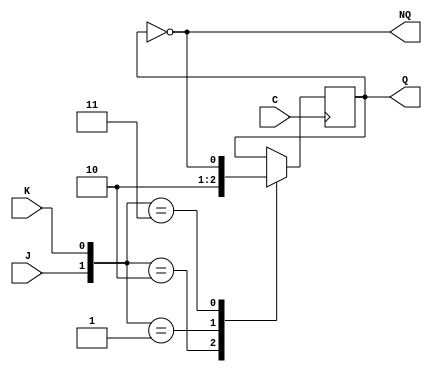
/*
Computadores I - GIV - USAL

TRABAJO COMPUTADORES: SECUENCIA CON NUMEROS REPETIDOS

SECUENCIA ORIGINAL..:

6 - 4 - 2 - 2 - 4 - 14 - 3 - 13 - 0 - 0

SECUENCIA MODIFICADA:

6 - 4 - 2 - 5 - 7 - 14 - 3 - 13 - 0 - 1 

-----------------------------------------------------
En esta solucin se incluyen:
 
14 AND de 2 entradas 
4  OR  de 3 entradas
3  OR  de 2 entradas 
4  biestables JK 
===========
21 PUERTAS

Por:    JAVIER GARCA PECHERO 
		Y
	LVARO GARCA LABRADOR
*/


//Modulo del biestable JK
module JK(output reg Q, output wire NQ, input wire J, input wire K,   input wire C);
  not(NQ,Q);

  initial
  begin
    Q=0;
  end    

  always @(posedge C)
    case ({J,K})
      2'b10: Q=1;
      2'b01: Q=0;
      2'b11: Q=~Q;
    endcase
endmodule

//Mdulo que contiene el contador y la circuitera auxiliar.
module contador (output wire[3:0] Q, input wire C);
  wire [3:0] nQ;

 //Cables de entrada a los biestables.
 wire sJ3,sK3,sJ2,sK2,sJ1,sK1,sJ0,sK0;
 //Cables auxiliares
 wire nq1q2,nq2q0,q1nq0;            //BIESTABLE J3K3
 wire nq0q3,nq1nq0,nq1q3;           //BIESTABLE J2K2
 wire q0nq2,nq3q2,nq0nq3,kq0nq2;    //BIESTABLE J1K1
 wire q1q3,nq1nq2,q1q2;             //BIESTABLE J0K0

  //Puertas correspondientes al contador dividido en biestables
//J3
 and J3 (sJ3, Q[0],Q[1]);
//K3
 and K31(nq1q2,nQ[1],Q[2]);
 and K32(nq2q0,nQ[2],Q[0]);
 and K33(q1nq0,Q[1],nQ[0]);
 or K3O(sK3,nq1q2,nq2q0,q1nq0);
//J2
 or J21(sJ2,Q[0],Q[1],Q[3]);
//K2
 and K21(nq0q3,nQ[0],Q[3]);
 and K22(nq1nq0,nQ[1],nQ[0]);
 and K23(nq1q3,nQ[1],Q[3]);
 or K2o(sK2,nq0q3,nq1nq0,nq1q3);
//J1
 and j11(q0nq2,Q[0],nQ[2]);
 and j12(nq3q2,nQ[3],Q[2]);
 or j1o(sJ1,q0nq2,nq3q2);
//K1
 and k11(nq0nq3,nQ[0],nQ[3]);
 and k12(kq0nq2,Q[0],nQ[2]);
 or k1o(sK1,nq0nq3,kq0nq2);
//J0
 and j01(q1q3,Q[1],Q[3]);
 or j0o(sJ0,q1q3,nQ[2]);
//K0
 and k01(nq1nq2,nQ[1],nQ[2]);
 and k02(q1q2,Q[1],Q[2]);
 or k0o(sK0,nq1nq2,q1q2,Q[3]);

//LLAMAMIENTO MDULO DE CADA BIESTABLE
  JK jk3 (Q[3], nQ[3], sJ3, sK3, C);
  JK jk2 (Q[2], nQ[2], sJ2, sK2, C);
  JK jk1 (Q[1], nQ[1], sJ1, sK1, C);
  JK jk0 (Q[0], nQ[0], sJ0, sK0, C);

endmodule

/*
 =============================
   SECUENCIA        ORIGINAL
 =============================
 En esta solucion se incluye:
  4 NOT    de 1 entrada
  7 AND    de 2 entradas
  1 AND    de 3 entradas
  1 AND    de 4 entradas
  1 OR 	   de 2 entradas
  1 OR 	   de 3 entradas
  1 OR 	   de 4 entradas
  1 BUFFER de 1 entrada
==============================
17 PUERTAS
			*/

//Mdulo cambio secuencia
module convertir(output wire [3:0] O, input wire [3:0] I);
wire nI0,nI1,nI2,nI3;			//CABLES NOT
wire nI2I1I0,I3I0;			//CABLES SO0
wire nI3I2nI1I0,nI2I1,I1nI0,I3I1;	//CABLES S01
wire nI0I2,I1I2,I3I2;			//CABLES SO2

//NOT
	not (nI0,I[0]);
	not (nI1,I[1]);
	not (nI2,I[2]);
	not (nI3,I[3]);


//O0
	and O01(nI2I1I0,nI2,I[1],I[0]);
	and O02(I3I0,I[3],I[0]);
	or O0o(O[0],nI2I1I0,I3I0);
//O1
	and (nI3I2nI1I0,nI3,I[2],nI1,I[0]);
	and (nI2I1,nI2,I[1]);
	and (I1nI0,I[1],nI0);
	and (I3I1,I[3],I[1]);

	or (O[1],nI3I2nI1I0,nI2I1,I1nI0,I3I1); 
//O2
	and (nI0I2,nI0,I[2]);
	and (I1I2,I[1],I[2]);
	and (I3I2,I[3],I[2]);

	or (O[2],nI0I2,I1I2,I3I2);
//O3
	buf (O[3],I[3]);
endmodule

//Mdulo para probar el circuito.
module testreal;
  wire [3:0] D;
  wire [3:0] Q;
  reg I, C;
  contador c(Q,C);
  convertir c1 (D,Q);
  
  always 
  begin
    #10 C=~C;
  end

  initial
  begin
    $monitor($time," Q = %b (%d) , D = %b (%d) , C = %b (%d)", Q,Q,D,D,C,C);
    $dumpfile("dump.dmp");
    $dumpvars(2, c1, D);  
    $dumpvars(2, c, Q);
    C=0;
    #500 $finish;
  end
endmodule